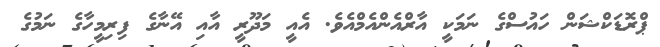
ޕްރޮޑަކްޝަން ހައުސްގެ ނަމަކީ އާރްއެންއެމްއެވެ. އެއީ މަދޫރީ އާއި އޭނާގެ ފިރިމީހާގެ ނަމުގެ